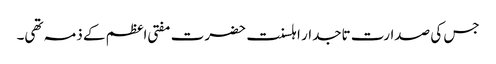
جس کی صدارت تاجدار اہلسنت حضرت مفتی اعظم کے ذمہ تھی۔